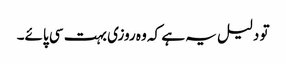
تو دلیل یہ ہے کہ وہ روزی بہت سی پائے۔